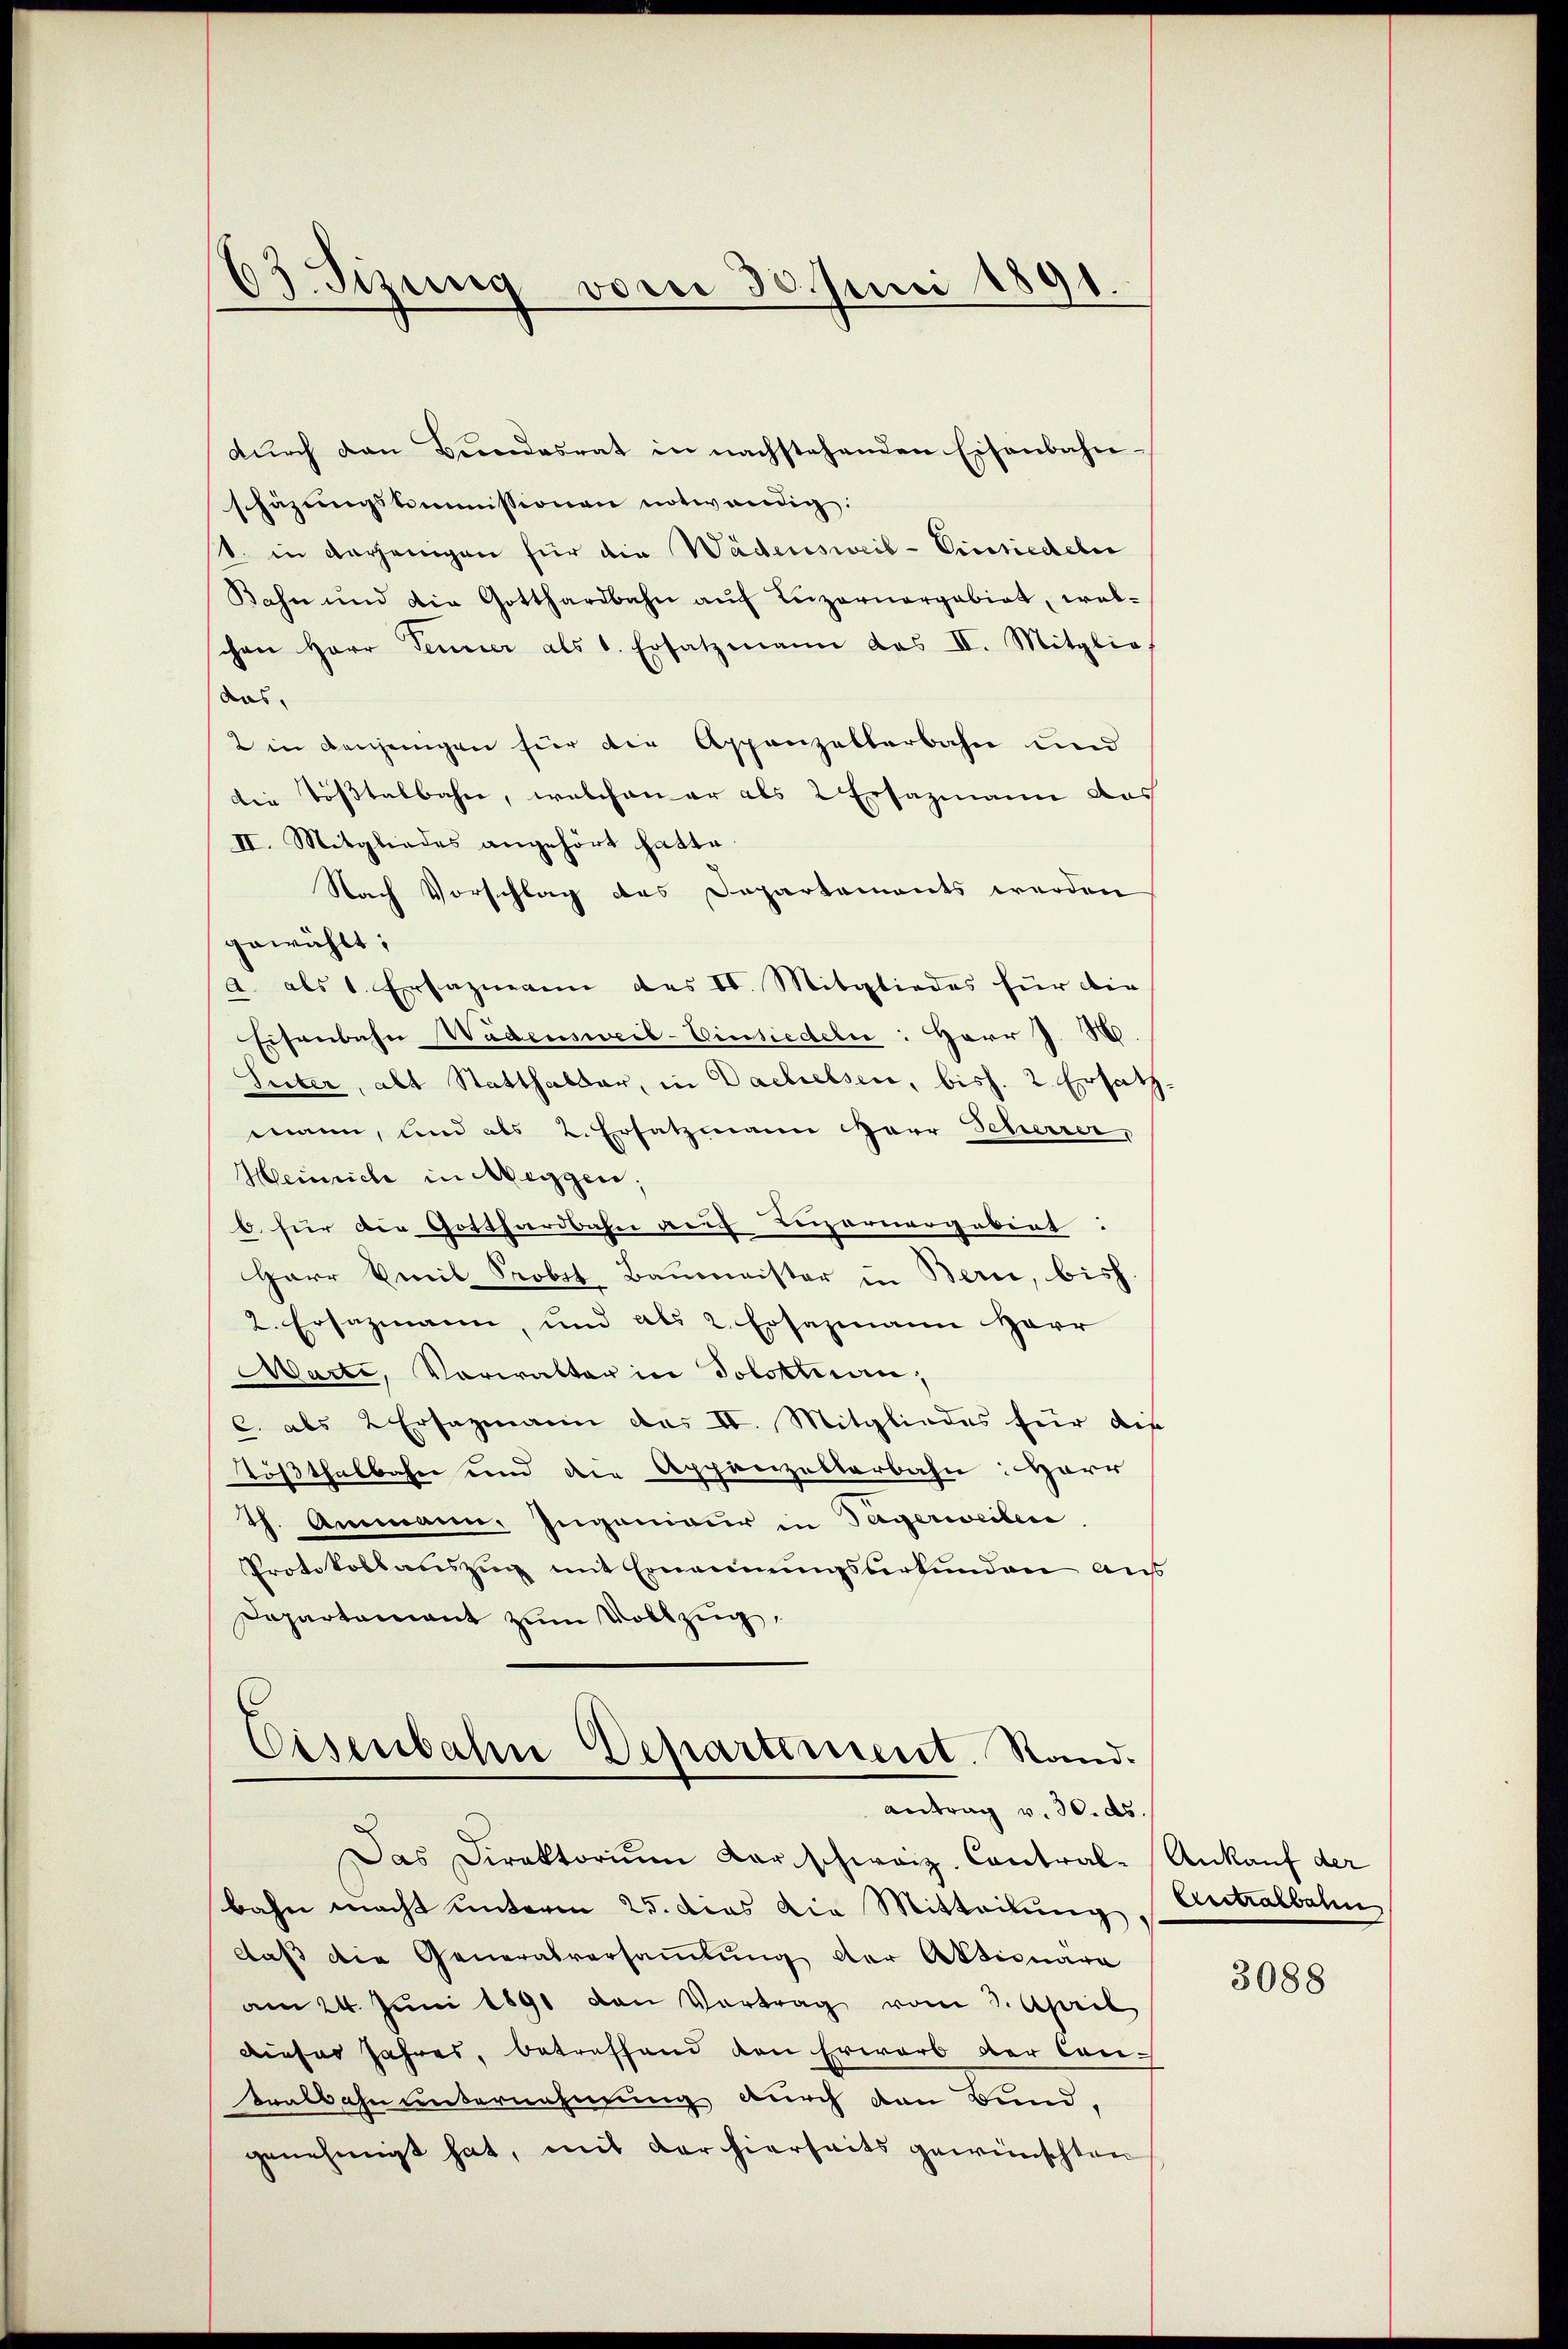
d
53. Sizung vom 30. Juni 1891.

dŭrch den Bundesrat in nachstehenden Eisenbahn-
schäzungskommissionen notwendig.
s. in derjenigen für die Wädensweil - Einsiedeln
Bahn und die Gotthardbahn aŭf Luzernergabiat, wel-
schen Herr Fenner als 1. Ersatzmann das II. Mitgliedas
2 in denjenigen für die Appenzellerbahn und
die Tößtalbahn, welchen er als 2 Ersazmann das
II. Mitgliedes angehört hatte.
Nach Vorschlag des Departements werden
gewählt;
a als 1 Ersazmann des IV. Mitgliedes für die
Eisenbahn Wadensweil-Einsiedeln: Herr J. M.
Suter, alt Statthalbar, in Dachelsen, bish. 2. Ersatz.
mann, und als 2. Ersatzmann Herr Scherrer,
Heinrich in Miggen;
O. für die Gotthardbahn auf Luzernergebiet:
Herr Emil Probst Baŭmeister in Bern, bish
2. Ersazmann, und als 2. Ersazmann Herr
Marte, Vorwalter in Solottan;
c. als 2 Ersazmann des II. Mitgliedes für die
Tößthalbahn und die Appenzelterbahn: Herr
th. Ammann. Ingenieur in Tagerweilen
Protokollauszug mit Ernennungsverkunden aus
Dapartamant zum Vollzug.
Eisenbahn Departiment. Stand.

antrag v. 30. ds.

Das Direktorium darschweiz. Contral-Ankauf der
bahn macht unterm 25. dies die Mitteilŭng Antralbahn
daß die Generalversaṁlŭng der Aktionara
am 24. Jŭni 1891 den Vortrag vom 3. April
dieses Jahres, betreffend den Erwarb der Can¬
Bralbahn unternehmung durch den Bund,
genehmigt hat, mit der hierseits gewünschten

3088